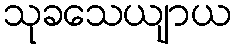
သုခသေယျာယ